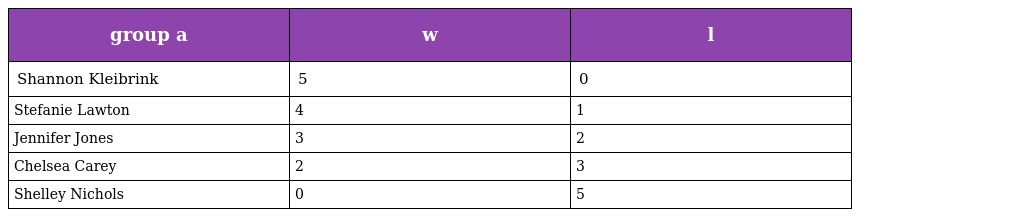
| group a | w | l |
 | --- | --- | --- |
 | Shannon Kleibrink | 5 | 0 |
 | Stefanie Lawton | 4 | 1 |
 | Jennifer Jones | 3 | 2 |
 | Chelsea Carey | 2 | 3 |
 | Shelley Nichols | 0 | 5 |